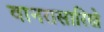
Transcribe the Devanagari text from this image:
वानरासारिखे